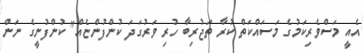
އެއީ މަސްވެރިކަމުގެ މަސައްކަތް ކުރާ ތަޖުރިބާ ހުރި ވަރުގަދަ ކުންފުންޏެއް" ކުންފުނީގެ ނަން